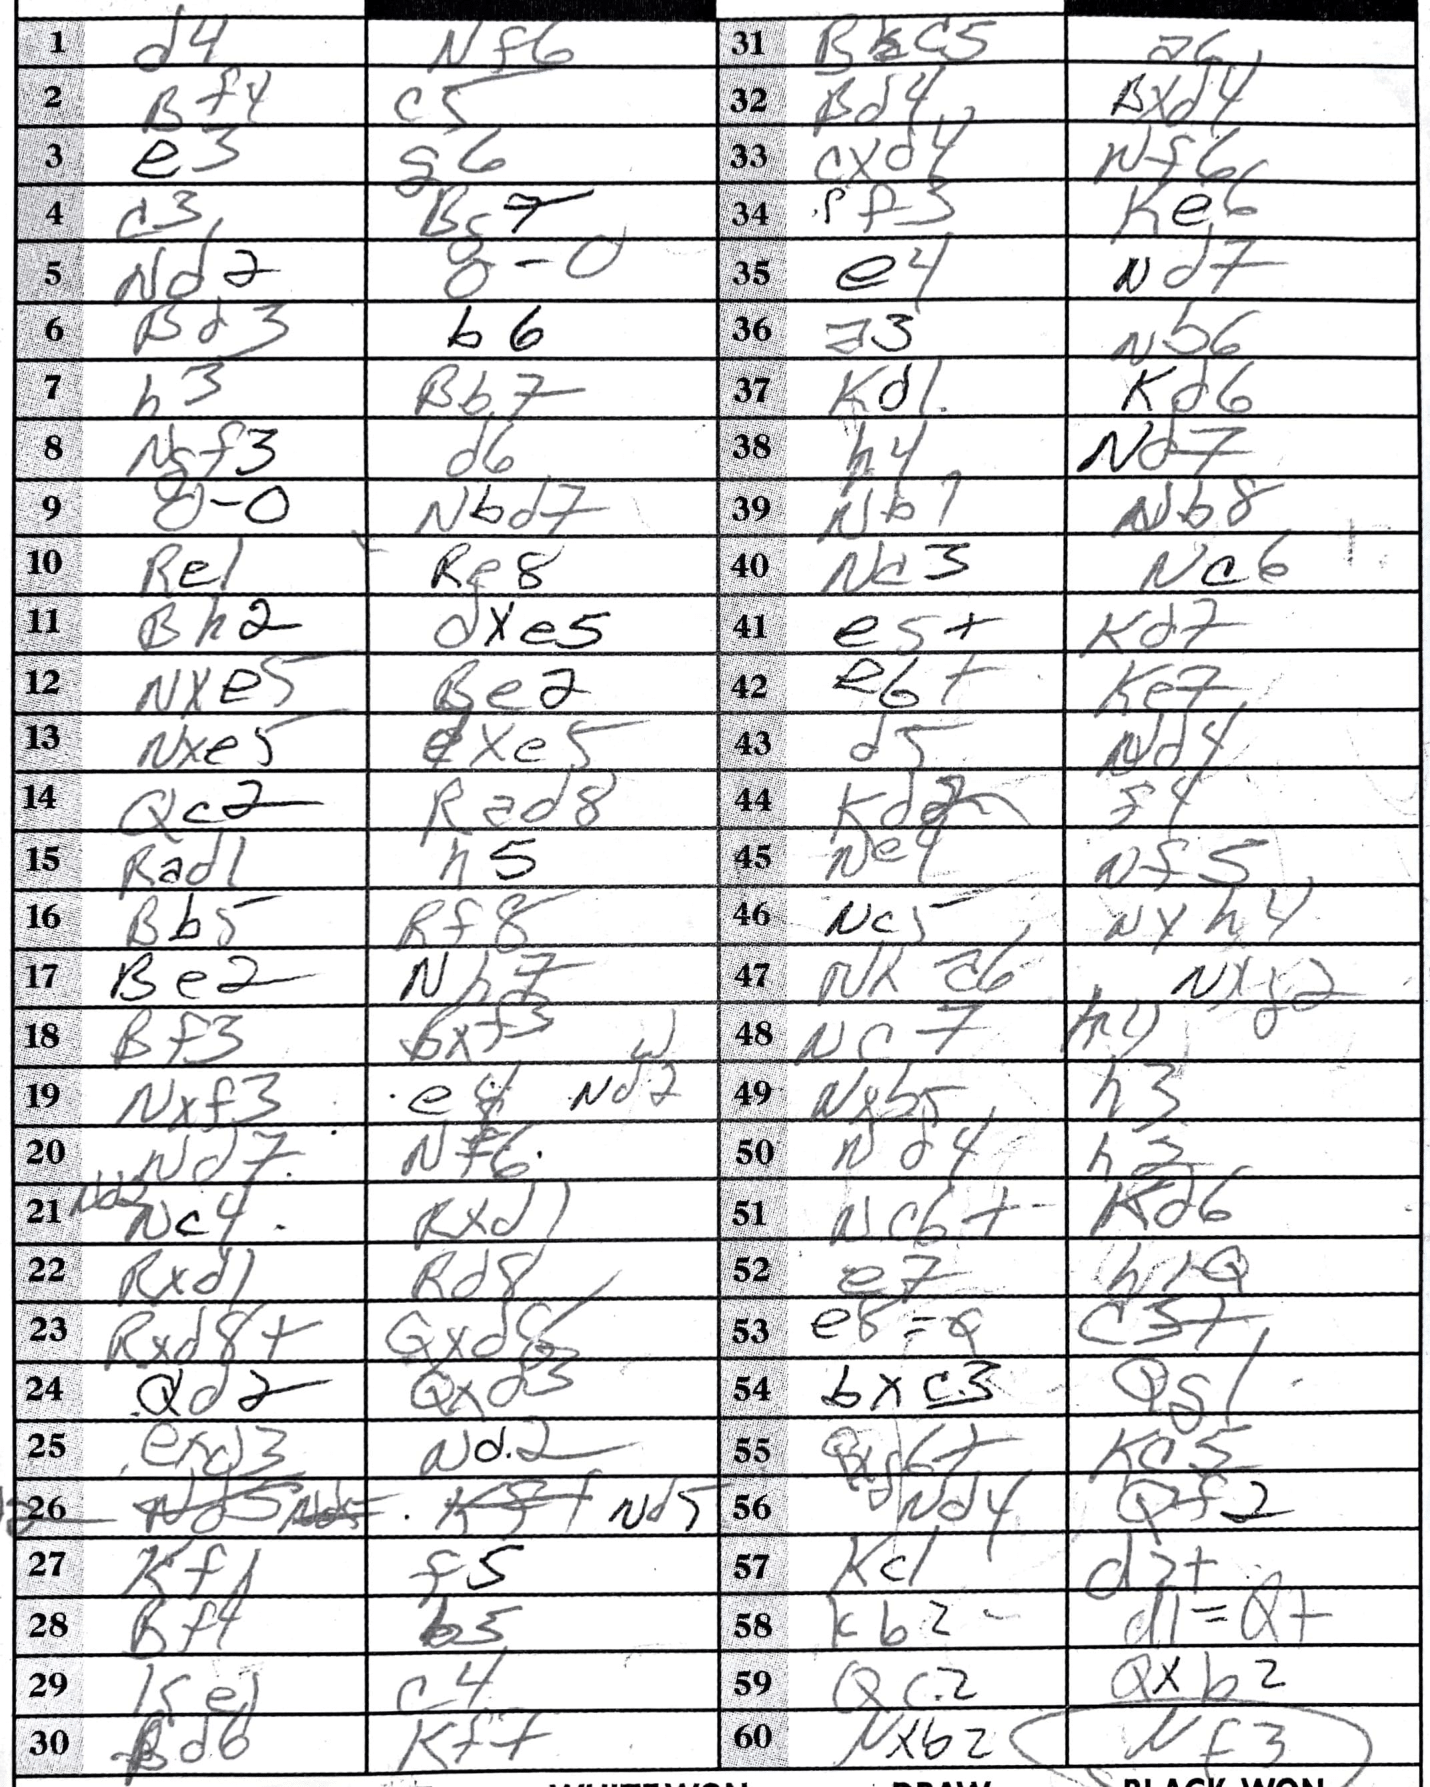
Moves: d4 Nf6 Bf4 c5 e3 g6 c3 Bg7 Nd2 O-O Bd3 b6 h3 Bb7 Ngf3 d6 O-O Nbd7 Re1 Re8 Bh2 dxe5 Nxe5 Be2 Nxe5 dxe5 Qc2 Rad8 Rad1 h5 Bb5 Rf8 Be2 Nh7 Bf3 Bxf3 Nxf3 e4 Nd7 Nf6 Nc4 Rxd1 Rxd1 Rd8 Rxd8+ Qxd8 Qd2 Qxd3 exd3 Nd2 Nd5 Kf1 f5 Bf4 b5 Ke1 c4 Bd6 Kf7 Bc5 a6 Bd4 Bxd4 cxd4 Nf6 f3 Ke6 e4 Nd7 a3 Nb6 Kd1 Kd6 h4 Nd7 Nb1 Nb8 Nc3 Nc6 e5+ Kd7 e6+ Ke7 d5 Nd4 Kd2 f4 Ne4 Nf5 Nc5 Nxg4 Nxa6 Nxg2 Nc7 h4 Nxb5 h3 Nd4 h2 Nc6+ Kd6 e7 h1=Q e8=Q c3+ bxc3 Qg1 Qxg6+ Kc5 Nd4 Qf2 Kc1 d2+ Kb2 d1=Q+ Qc2 Qxb2 Nxb2 Nf3